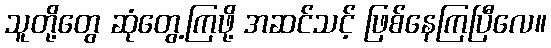
သူတို့တွေ ဆုံတွေ့ကြဖို့ အဆင်သင့် ဖြစ်နေကြပြီလေ။